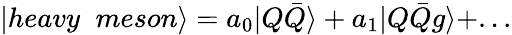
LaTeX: |heavy\; \; meson\rangle=a_{0}|Q\bar{Q}\rangle+a_{1}|Q\bar{Q}g\rangle+...